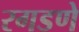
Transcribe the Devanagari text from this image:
रगडणे